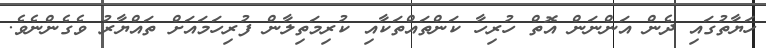
ހަޔާތުގައި ދެން އަންނަން އޮތް ހުރިހާ ކަންތައްތަކާއި ކުރިމަތިލާން ފުރިހަމައަށް ތައްޔާރު ވެގެންނެވެ.